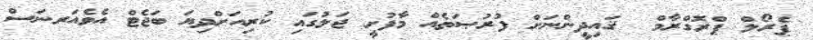
ޕެރޯލް ޕްރޮގްރާމް  ޤައިދީންނަށް ފުރުޞަތެއް މާފުށީ ޖަލުގައި ކުރިއަށްދިޔަ ބަޖެޓް އެވެއަރނަސް